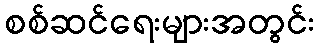
စစ်ဆင်ရေးများအတွင်း